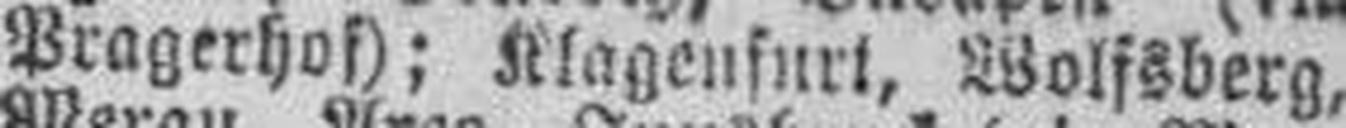
Pragerhof); Klagenfurt, Wolfsberg,